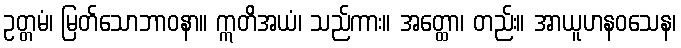
ဥတ္တမံ၊ မြတ်သောဘာဝနာ။ ဣတိအယံ၊ သည်ကား။ အတ္ထော၊ တည်း။ အာယူဟနဝသေန၊